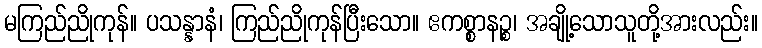
မကြည်ညိုကုန်။ ပသန္နာနံ၊ ကြည်ညိုကုန်ပြီးသော။ ဧကစ္စာနဉ္စ၊ အချို့သောသူတို့အားလည်း။